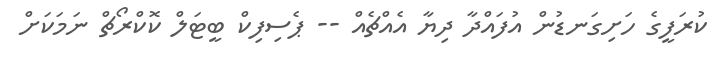
ކުރަފީގެ ހަށިގަނޑުން އުފައްދާ ދިޔާ އެއްޗެއް -- ޕެސިފިކް ބީޓަލް ކޮކްރޯޗް ނަމަކަށް